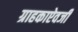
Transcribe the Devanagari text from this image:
ग्राहकाऐवजी